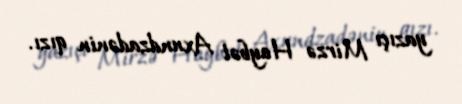
yazıçı Mirzə Heybət Axundzadənin qızı.